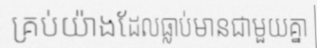
គ្រប់យ៉ាងដែលធ្លាប់មានជាមួយគ្នា